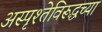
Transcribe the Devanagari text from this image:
अस्पृश्तेविरूद्धच्या